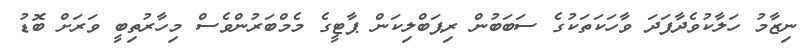
ނިޒާމު ހަލާކުވެދާފަދަ ވާހަކަތަކުގެ ސަބަބުން ރިޕަބްލިކަން ޕާޓީގެ މެމްބަރުންވެސް މިހާރުތިބީ ވަރަށް ބޮޑު